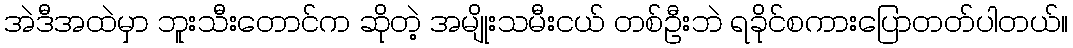
အဲဒီအထဲမှာ ဘူးသီးတောင်က ဆိုတဲ့ အမျိုးသမီးငယ် တစ်ဦးဘဲ ရခိုင်စကားပြောတတ်ပါတယ်။